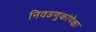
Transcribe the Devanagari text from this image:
निवडणुकांपेक्षा